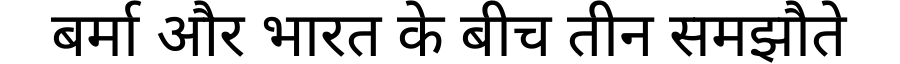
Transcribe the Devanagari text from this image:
बर्मा और भारत के बीच तीन समझौते